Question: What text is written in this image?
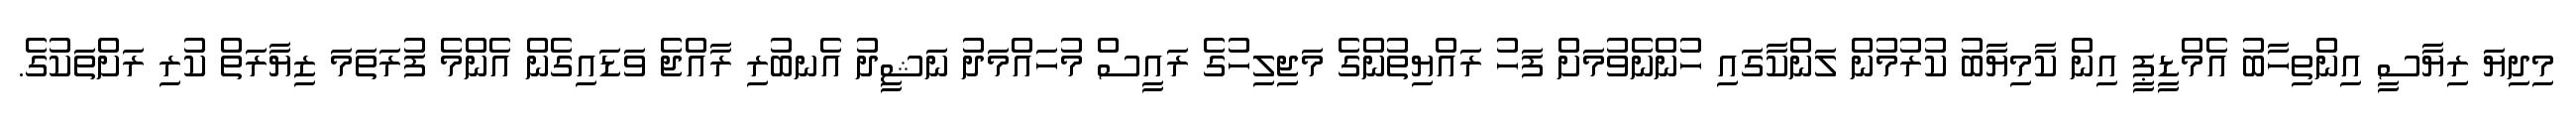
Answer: މިދިޔަ ރިޔާސީ އިންތިހާބު އެމްޑީޕީ އިން ކާމިޔާބު ކުރުމުން ލަންކާގައި ހުންނެވުމަށް ފަހު ރައްޔިތުންގެ މަޖިލިހުގެ ރައީސް މުހައްމަދު ނަޝީދު އެނބުރި ރާއްޖެ ވަޑައިގެން އެންމެ ފުރަތަމަ ޒިޔާރަތް ކުރި ރަށްތަކުގެ.